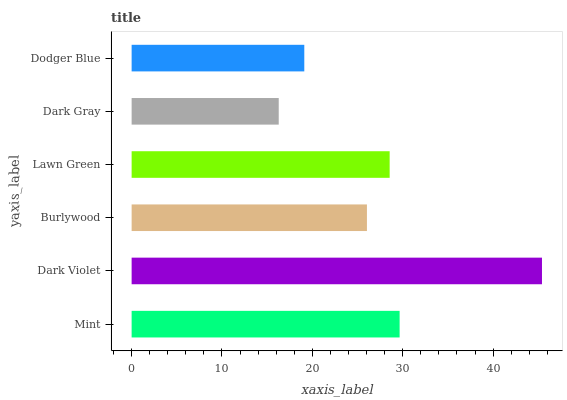
| yaxis_label | bars |
 | --- | --- |
 | Mint | 29.7 |
 | Dark Violet | 45.4 |
 | Burlywood | 26 |
 | Lawn Green | 28.6 |
 | Dark Gray | 16.3 |
 | Dodger Blue | 19.1 |